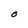
Character: O